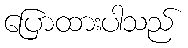
ပြောထားပါသည်